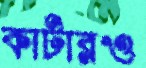
কাটারও